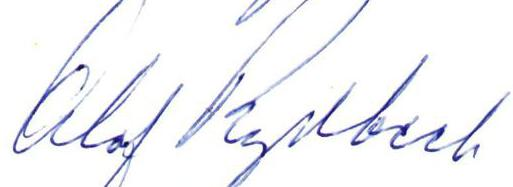
Olof Rydbeck